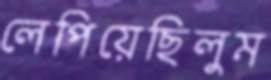
লেপিয়েছিলুম